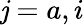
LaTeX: \mathit{j}=a,i